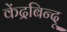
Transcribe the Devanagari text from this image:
केंद्रबिन्दू